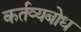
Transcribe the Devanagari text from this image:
कर्तव्यबोध